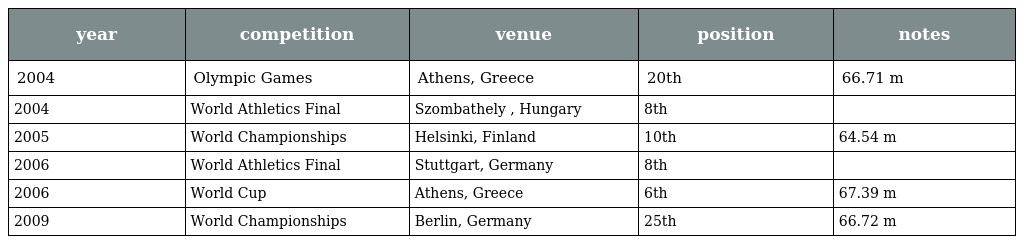
| year | competition | venue | position | notes |
 | --- | --- | --- | --- | --- |
 | 2004 | Olympic Games | Athens, Greece | 20th | 66.71 m |
 | 2004 | World Athletics Final | Szombathely , Hungary | 8th |  |
 | 2005 | World Championships | Helsinki, Finland | 10th | 64.54 m |
 | 2006 | World Athletics Final | Stuttgart, Germany | 8th |  |
 | 2006 | World Cup | Athens, Greece | 6th | 67.39 m |
 | 2009 | World Championships | Berlin, Germany | 25th | 66.72 m |